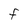
Character: F